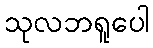
သုလဘရူပေါ